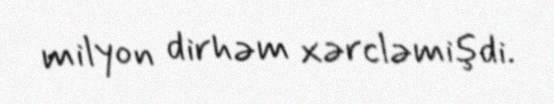
milyon dirhəm xərcləmişdi.